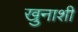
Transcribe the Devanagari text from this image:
खुनाशी